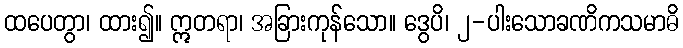
ထပေတွာ၊ ထား၍။ ဣတရာ၊ အခြားကုန်သော။ ဒွေပိ၊ ၂-ပါးသောခဏိကသမာဓိ